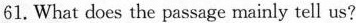
61.What does the passage mainly tell us?